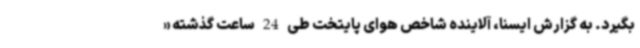
بگیرد. به گزارش ایسنا، آلاینده شاخص هوای پایتخت طی 24 ساعت گذشته «